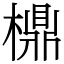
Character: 檙